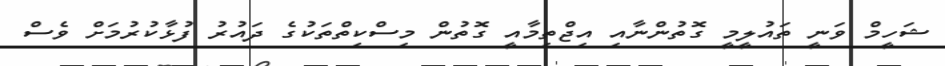
ޝަހީމް ވަނީ ތައުލީމީ ގޮތުންނާއި އިޖްތިމާއީ ގޮތުން މިސްކިތްތަކުގެ ދައުރު ފުޅާކުރުމަށް ވެސް